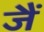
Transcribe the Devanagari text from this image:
जैं